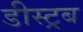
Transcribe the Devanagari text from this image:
डीस्ट्रब